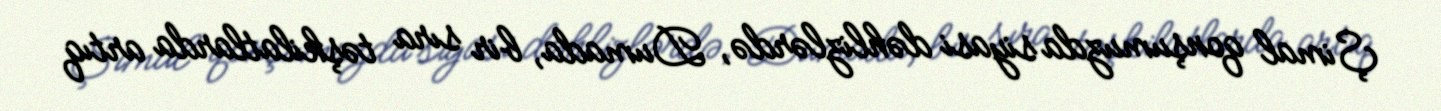
Şimal qonşumuzda siyasi dəhlizlərdə, Dumada, bir sıra təşkilatlarda artıq